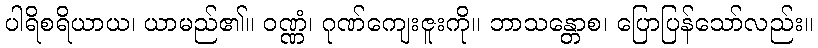
ပါရိစရိယာယ၊ ယာမည်၏။ ဝဏ္ဏံ၊ ဂုဏ်ကျေးဇူးကို။ ဘာသန္တောစ၊ ပြောပြန်သော်လည်း။